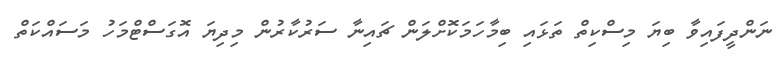
ނަންދީފައިވާ ބިޔަ މިސްކިތް ތަޅައި ބިމާހަމަކޮށްލަން ޗައިނާ ސަރުކާރުން މިދިޔަ އޮގަސްޓްމަހު މަސައްކަތް